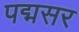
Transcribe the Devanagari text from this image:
पद्मसर